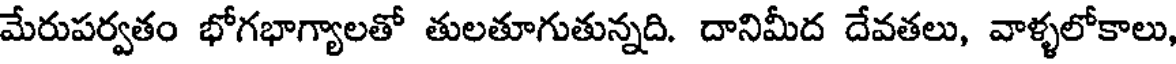
మేరుపర్వతం భోగభాగ్యాలతో తులతూగుతున్నది. దానిమీద దేవతలు, వాళ్ళలోకాలు,